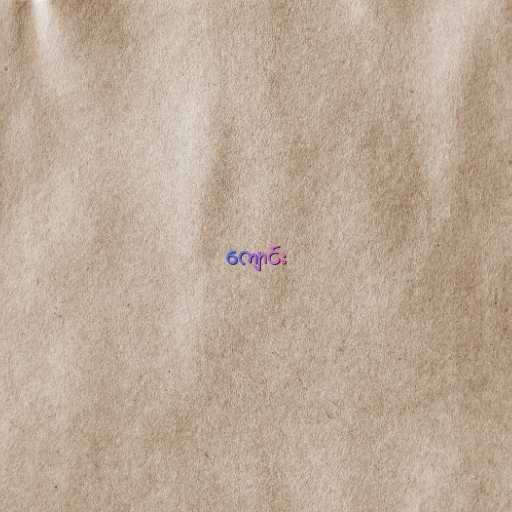
ကျောင်း